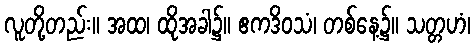
လူတို့တည်း။ အထ၊ ထိုအခါ၌။ ဧကဒိဝသံ၊ တစ်နေ့၌။ သတ္တဟံ၊